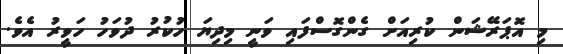
މި އޮޕަރޭޝަން ކުރިއަށް ގެންގޮސްފައި ވަނީ މިދިޔަ ހުކުރު ދުވަހު ހަވީރު އެވެ.